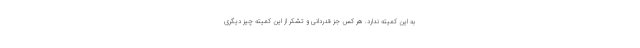
به این کمیته ندارد. هر کس جز قدردانی و تشکر از این کمیته چیز دیگری